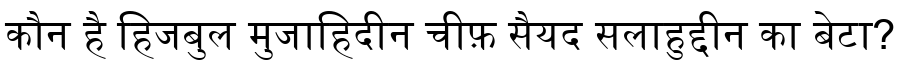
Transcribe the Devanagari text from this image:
कौन है हिजबुल मुजाहिदीन चीफ़ सैयद सलाहुद्दीन का बेटा?